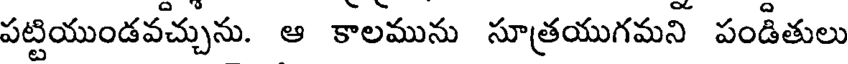
పట్టియుండవచ్చును. ఆ కాలమును సూత్రయుగమని పండితులు